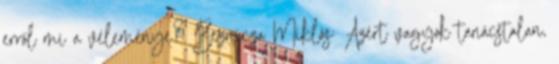
erről mi a véleménye? Beznicza Miklós: Azért vagyok tanácstalan,